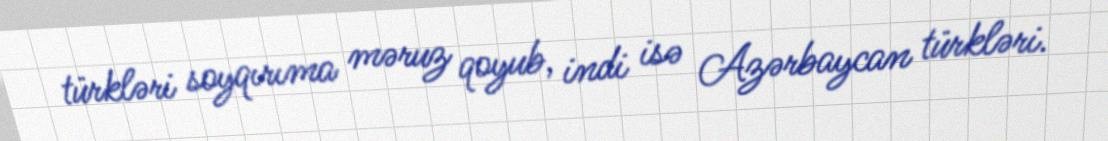
türkləri soyqırıma məruz qoyub, indi isə Azərbaycan türkləri.